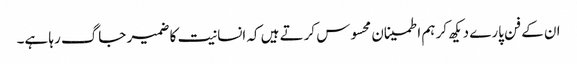
ان کے فن پارے دیکھ کر ہم اطمینان محسوس کرتے ہیں کہ انسانیت کا ضمیر جاگ رہا ہے۔